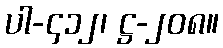
ပါ-၄၁၂၊ ဋ္ဌ-၂၀၈။